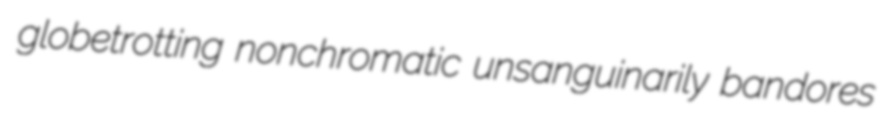
globetrotting nonchromatic unsanguinarily bandores